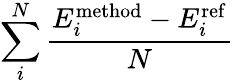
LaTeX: \sum_{i}^{N}\frac{E_{i}^{\mathrm{method}}-E_{i}^{\mathrm{ref}}}{N}